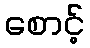
စောင့်